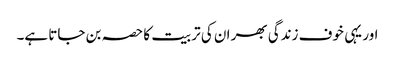
اور یہی خوف زندگی بھر ان کی تربیت کا حصہ بن جاتا ہے۔